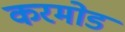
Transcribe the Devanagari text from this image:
करमोड